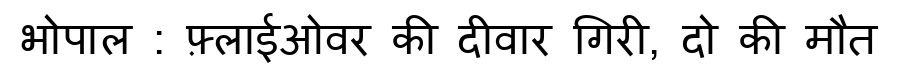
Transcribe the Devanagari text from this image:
भोपाल : फ़्लाईओवर की दीवार गिरी, दो की मौत